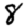
Digit: 8